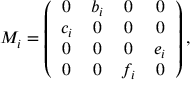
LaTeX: M _ { i } = \left( \begin{array} { c c c c } { { 0 } } & { { b _ { i } } } & { { 0 } } & { { 0 } } \\ { { c _ { i } } } & { { 0 } } & { { 0 } } & { { 0 } } \\ { { 0 } } & { { 0 } } & { { 0 } } & { { e _ { i } } } \\ { { 0 } } & { { 0 } } & { { f _ { i } } } & { { 0 } } \end{array} \right) ,